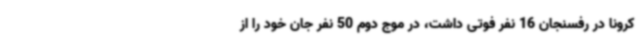
کرونا در رفسنجان 16 نفر فوتی داشت، در موج دوم 50 نفر جان خود را از